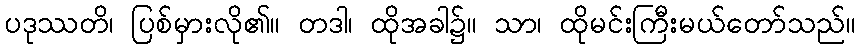
ပဒုဿတိ၊ ပြစ်မှားလို၏။ တဒါ၊ ထိုအခါ၌။ သာ၊ ထိုမင်းကြီးမယ်တော်သည်။